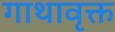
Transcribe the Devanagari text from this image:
गाथावृक्त